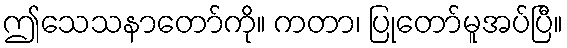
ဤသေသနာတော်ကို။ ကတာ၊ ပြုတော်မူအပ်ပြီ။